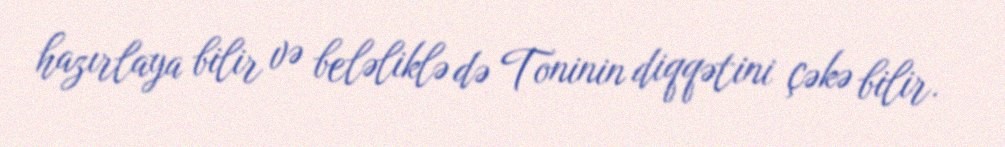
hazırlaya bilir və beləliklə də Toninin diqqətini çəkə bilir.